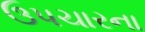
ઉપચારના